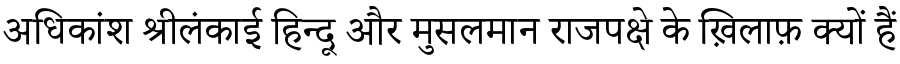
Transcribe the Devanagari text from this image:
अधिकांश श्रीलंकाई हिन्दू और मुसलमान राजपक्षे के ख़िलाफ़ क्यों हैं